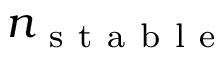
n _ { \mathrm { ~ s ~ t ~ a ~ b ~ l ~ e ~ } }